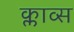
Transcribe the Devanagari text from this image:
क्लाव्स